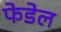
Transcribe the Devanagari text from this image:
फेडेल